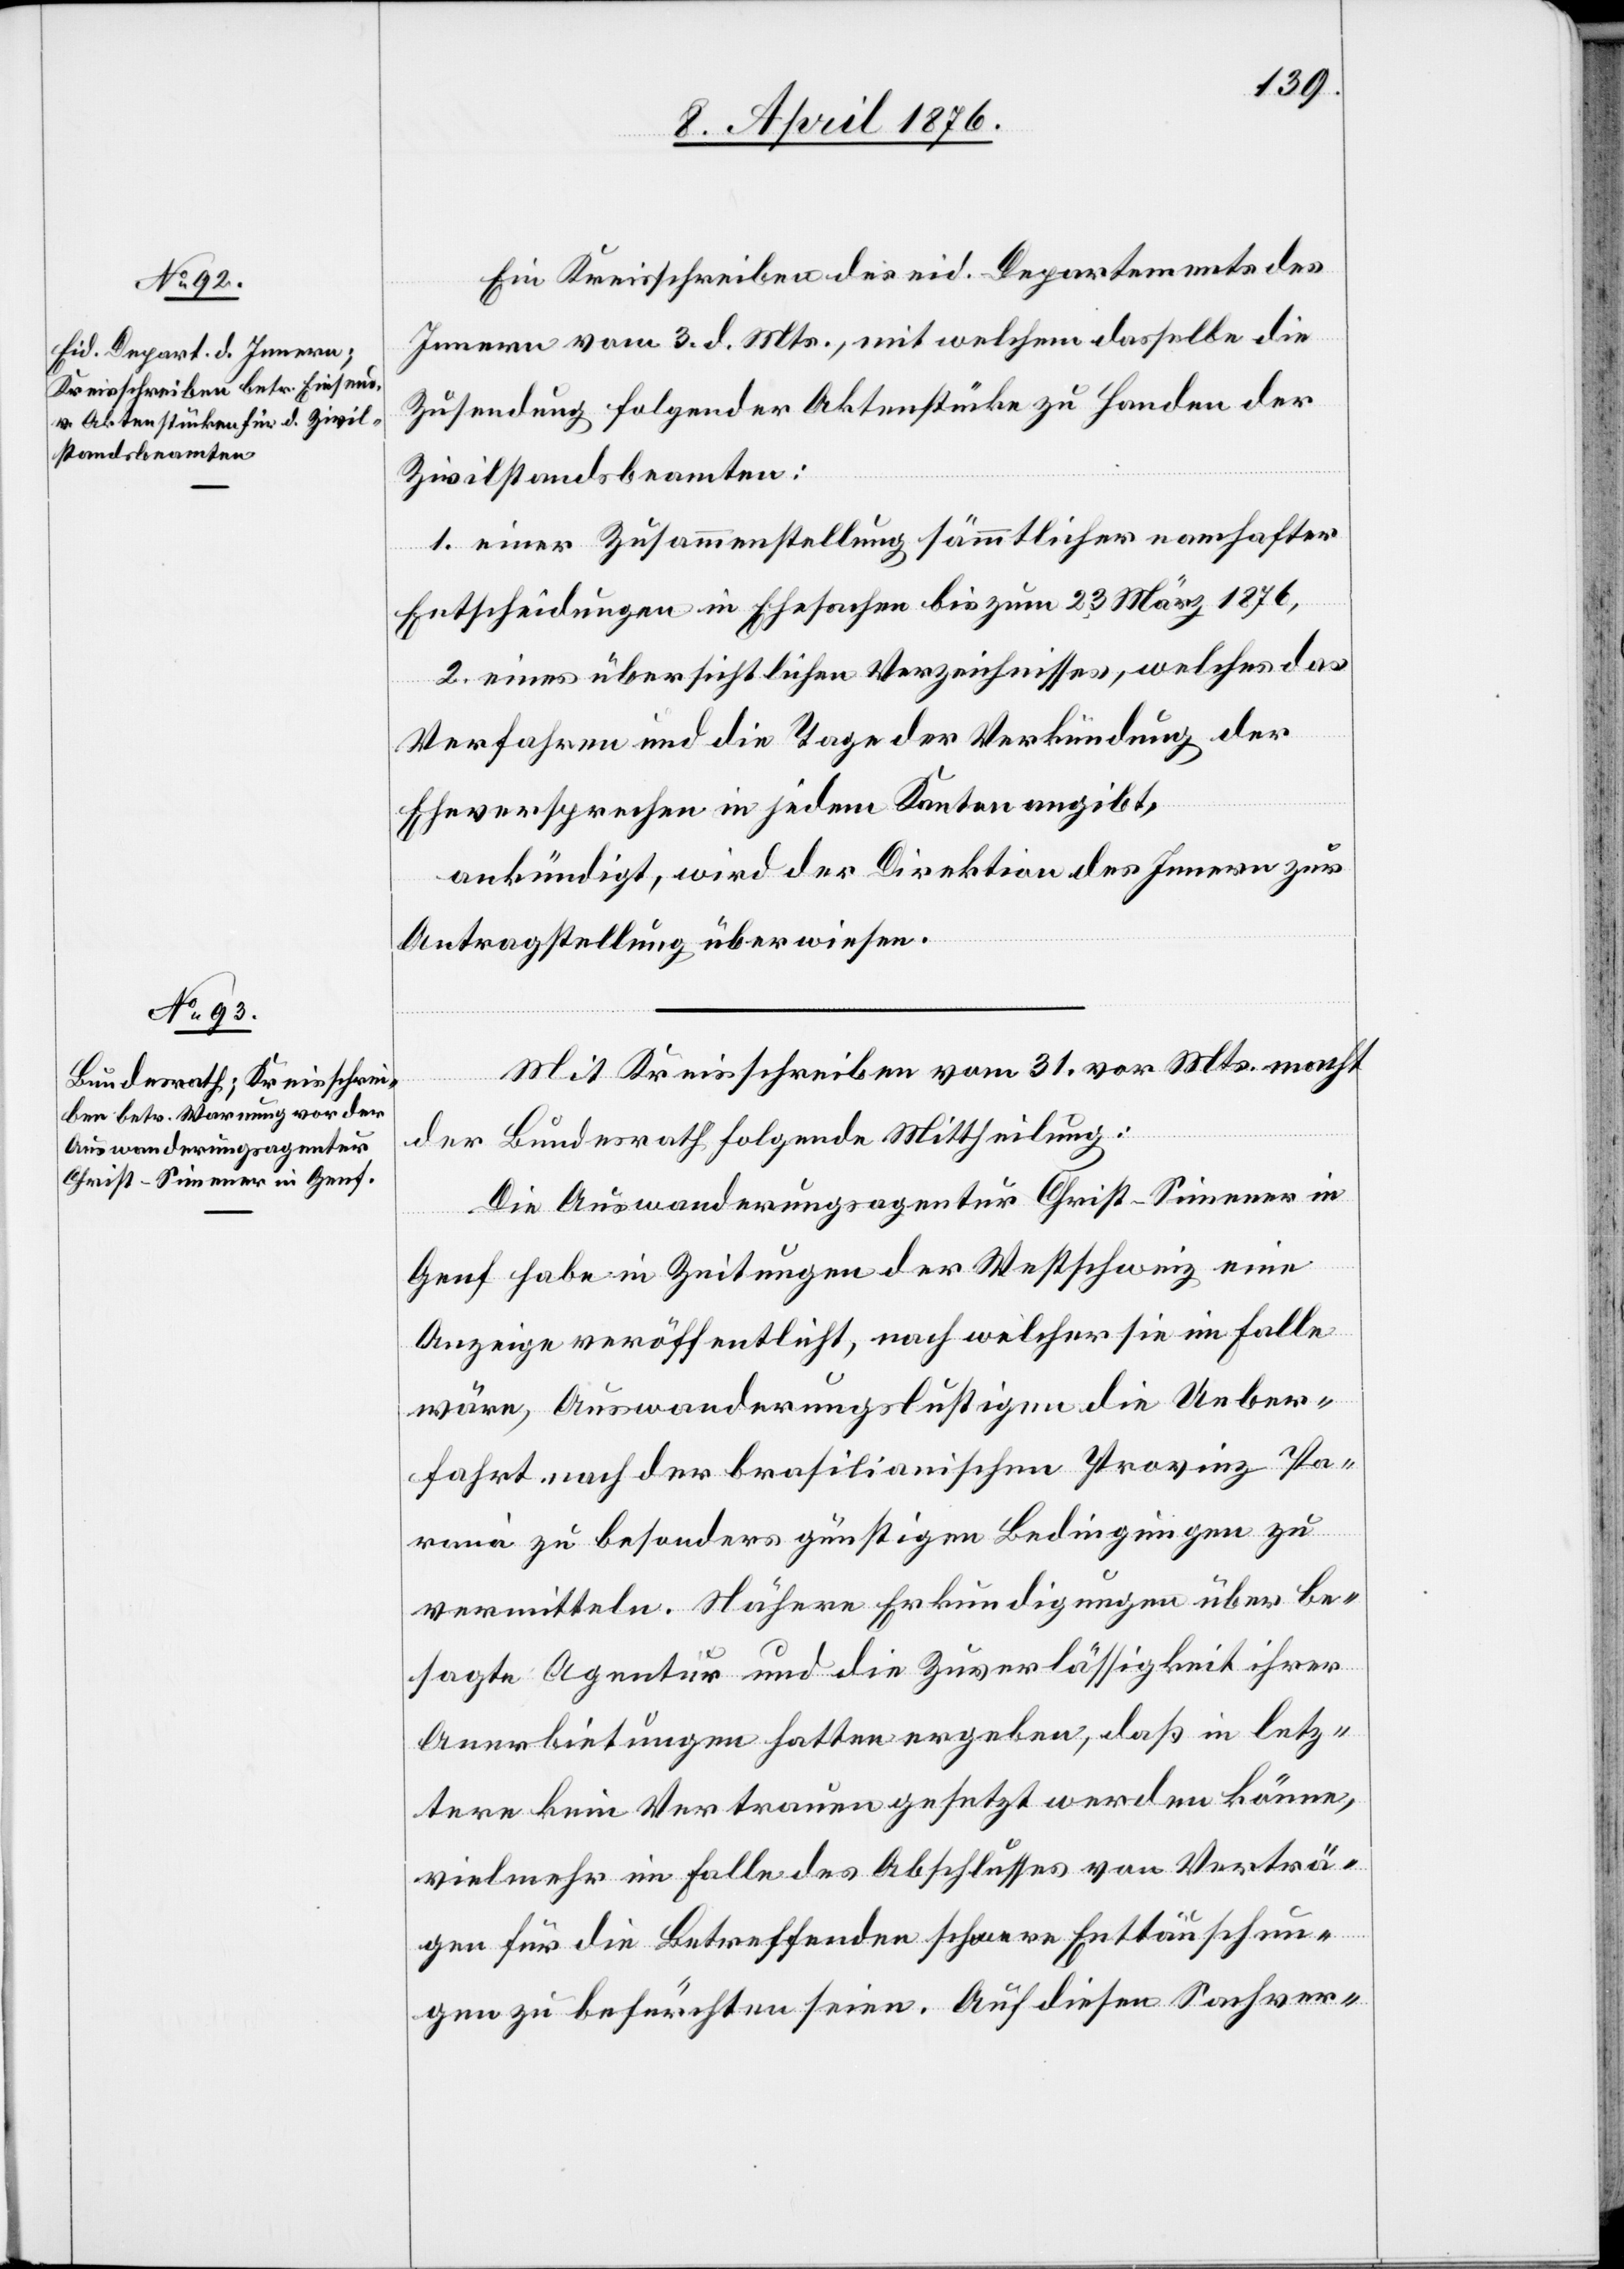
Ein Kreisschreiben des eid. Departements des
Innern vom 3. d. Mts., mit welchem dasselbe die
Zusendung folgender Aktenstücke zu Handen der
Zivilstandsbeamten:
1. einer Zusammenstellung sämmtlicher namhafter
Entscheidungen in Ehesachen bis zum 23. März 1876,
2. eines übersichtlichen Verzeichnisses, welches das
Verfahren und die Tage der Verkündung der
Eheversprechen in jedem Kanton angibt,
ankündigt, wird der Direktion des Innern zur
Antragstellung überwiesen.
Mit Kreisschreiben vom 31. vor. Mts. macht
der Bundesrath folgende Mittheilung:
Die Auswanderungsagentur Christ-Sinener in
Genf habe in Zeitungen der Westschweiz eine
Anzeige veröffentlicht, nach welcher sie im Falle
wäre, Auswanderungslustigen die Ueber¬
fahrt nach der brasilianischen Provinz Pa¬
ranà zu besonders günstigen Bedingungen zu
vermitteln. Nähere Erkundigungen über be¬
sagte Agentur und die Zuverlässigkeit ihrer
Anerbietungen hatten ergeben, daß in letz¬
tere kein Vertrauen gesetzt werden könne,
vielmehr im Falle des Abschlusses von Verträ¬
gen für die Betreffenden schwere Enttäuschun¬
gen zu befürchten seien. Auf diesen Sachver-